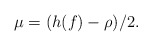
\begin{align*}\mu=(h(f)-{\rho})/2.\end{align*}